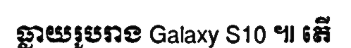
ធ្លាយរូបរាង Galaxy S10 ៕ តើ